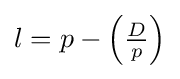
l=p-\left({\tfrac {D}{p}}\right)